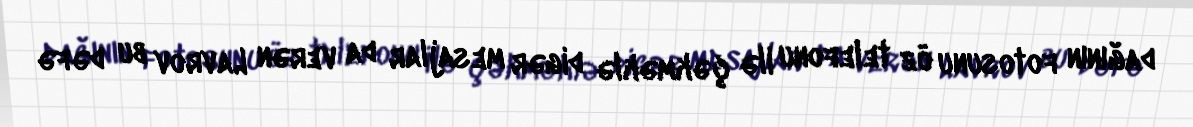
dağının fotosunu öz telefonu ilə çəkməklə digər mesajlar da verən Lavrov bu dəfə